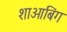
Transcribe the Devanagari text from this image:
शाओबिंग